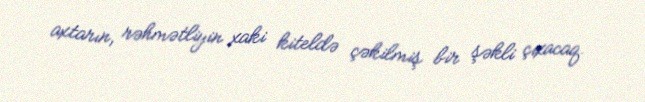
axtarın, rəhmətliyin xaki kiteldə çəkilmiş bir şəkli çıxacaq.